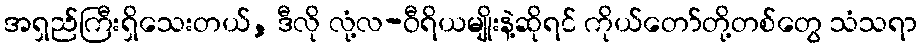
အရှည်ကြီးရှိသေးတယ်, ဒီလို လုံ့လ-ဝီရိယမျိုးနဲ့ဆိုရင် ကိုယ်တော်တို့တစ်တွေ သံသရာ